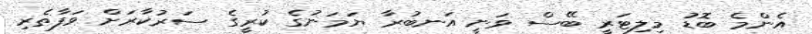
އެންމެ ބޮެޑު މިލިޓަރީ ބޭސް ވަނީ އަނބުރާ ޔަމަނުގެ ކުރީގެ ސަރުކާރަށް ވަފާތެރި